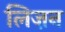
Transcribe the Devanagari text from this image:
लिज़न